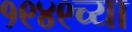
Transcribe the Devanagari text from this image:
१९४९च्या